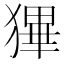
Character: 𤠺